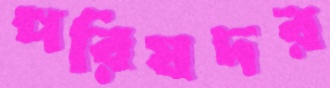
পরিষদর